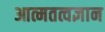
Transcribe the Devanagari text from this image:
आत्मतत्वज्ञान